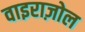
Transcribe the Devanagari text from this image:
वाइराज़ोल